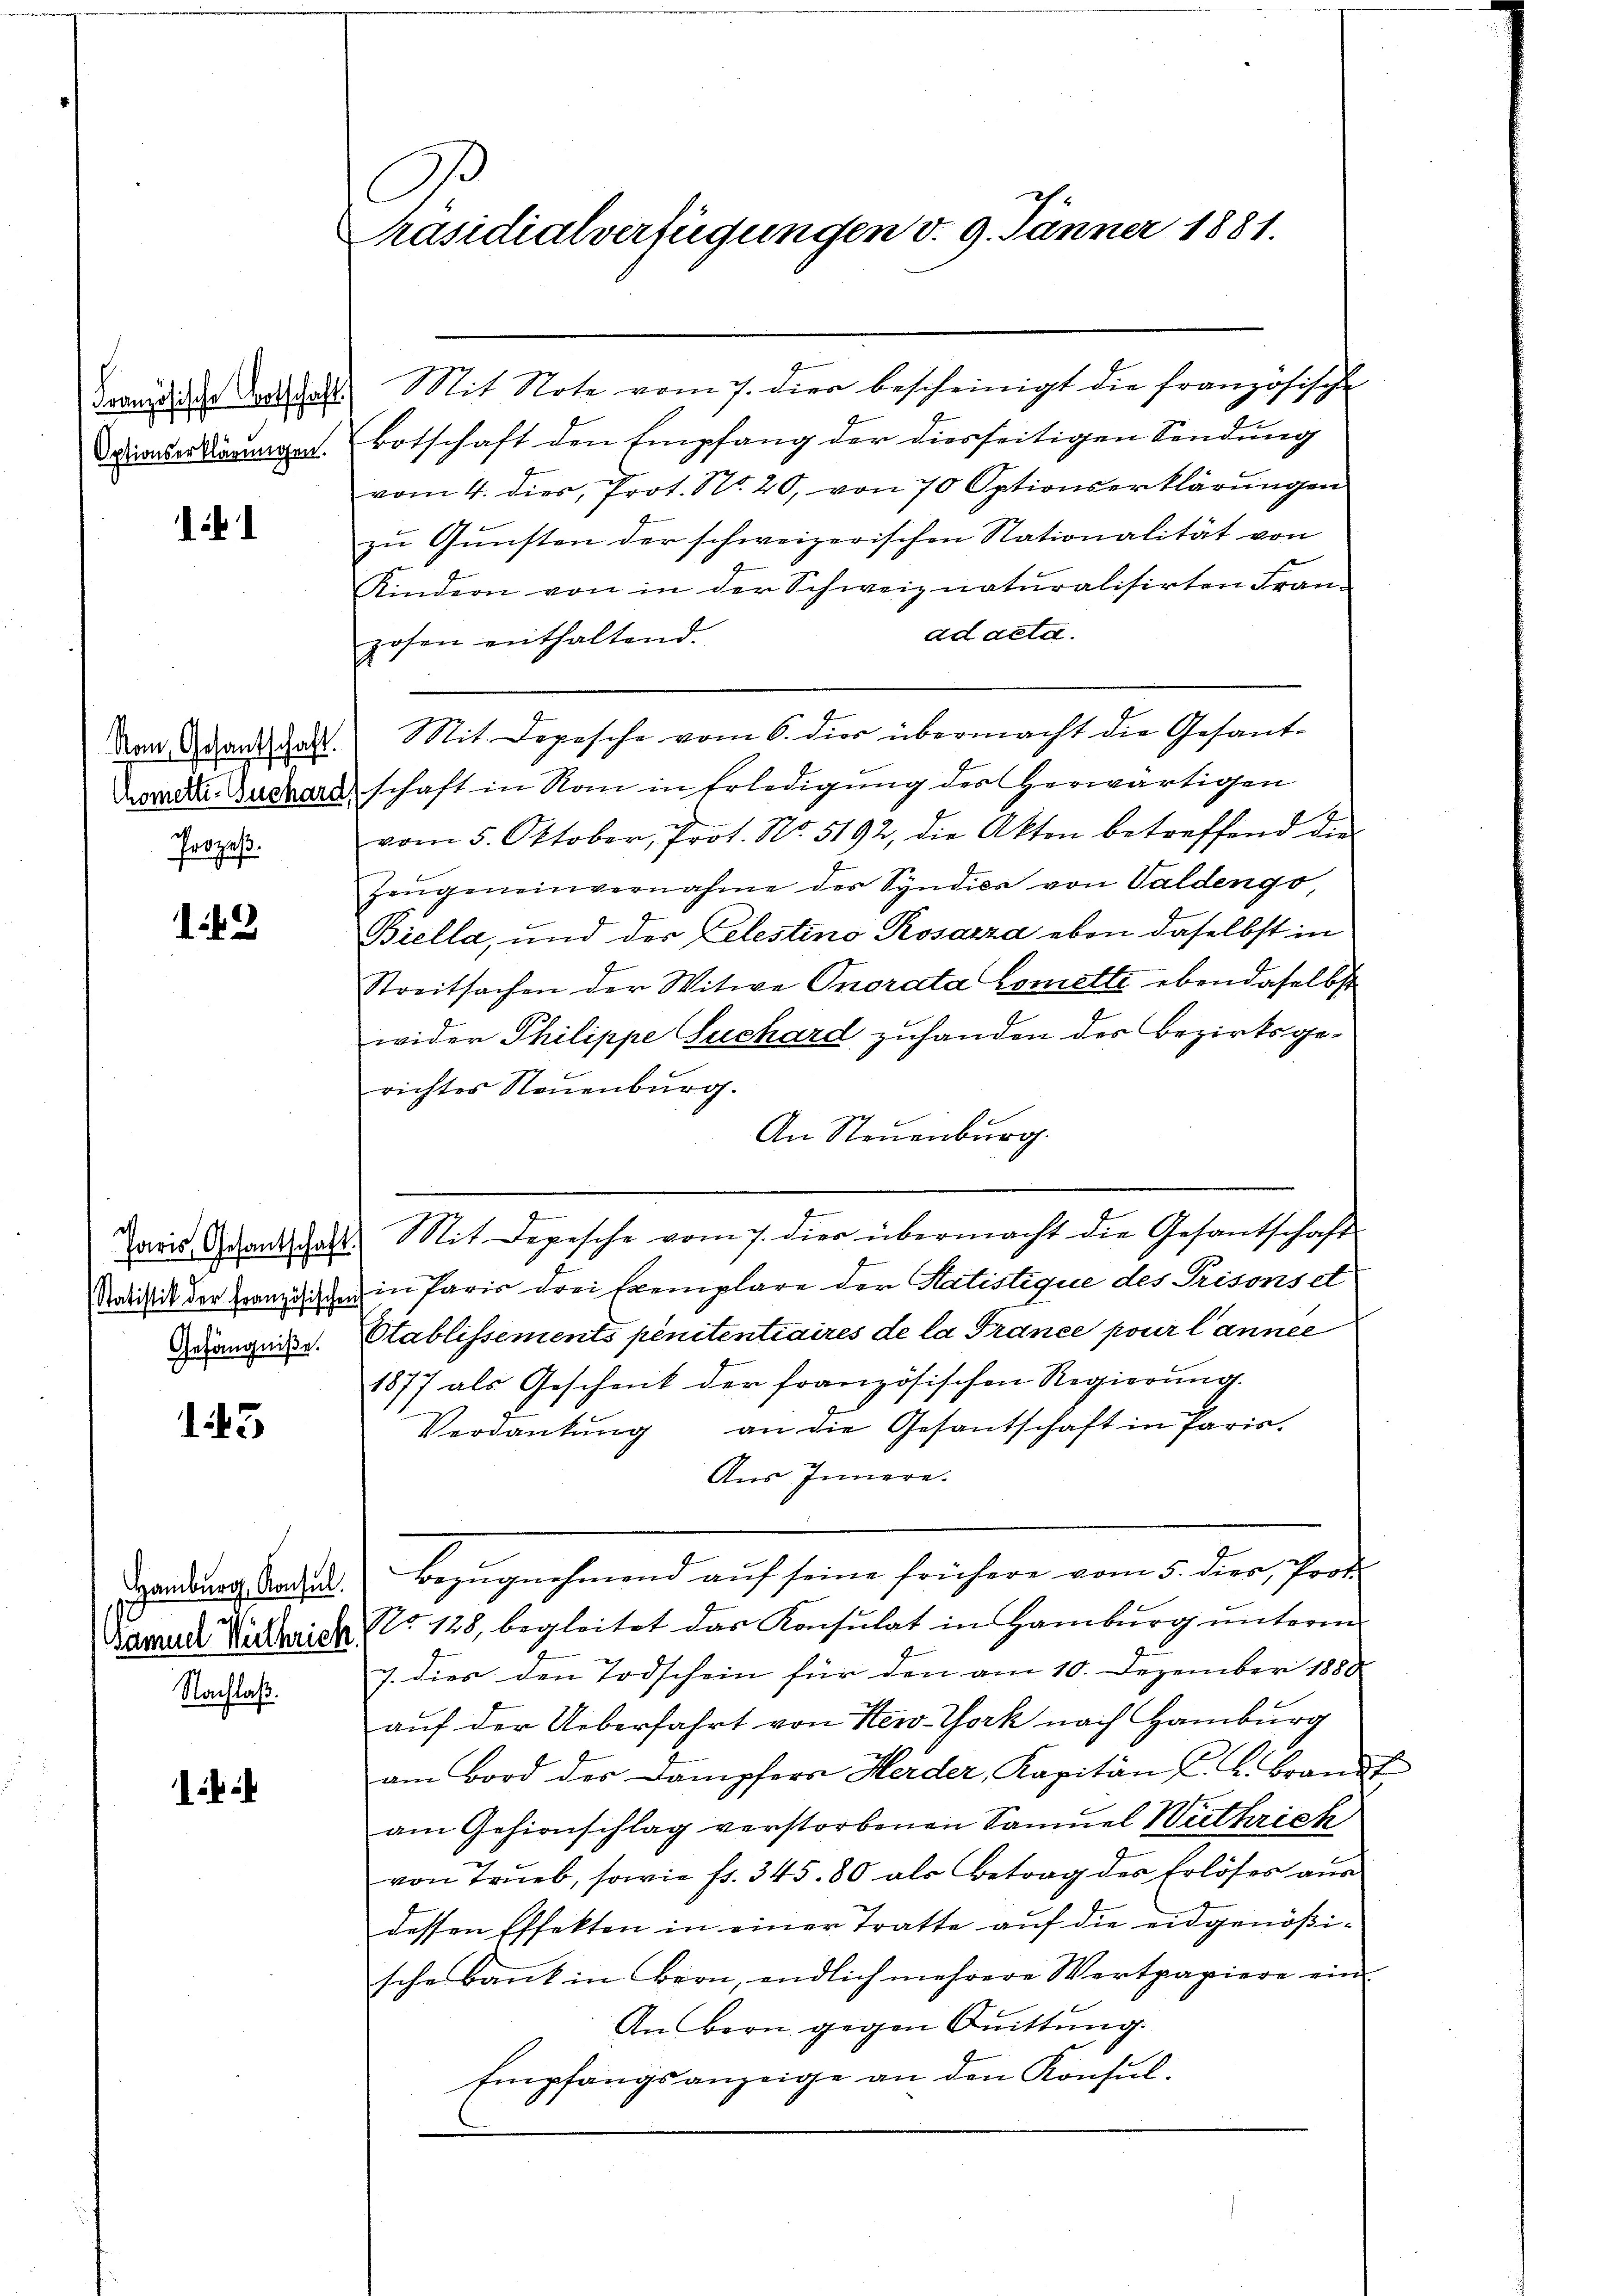
Optionserklärungen.

d

Nau, Gesantschaft.
Prozeß.

142

sch
Gefängniße.

143

.
Bamuel Nachrich.
Nachlaß.

:

l
Präsidialverfügungen v. 9. Jänner 1881.

Brandische dortschaft. Mit Note vom 7. die bescheinigt die französische
Botschaft den Empfang der diesseitigen Sendung
vom 4. dies, Prot. No. 20, von 70 Optionserklärŭngen
zu Gunsten der schweizerischen Stationalität von
Kindern von in der Schweiz naturalisirten Fran-
ad acta.
zosen enthaltend.
Mit. Depesche vom 6. dies übermacht die Gesant¬
Novide Buchardschaft in Nan in Erledigung des herwärtigen
vom 5. Oktober, Prot. No. 5192, die Akten betreffend die
Zeŭgeneinvernahme der Syndico von Valdengo
Biella, und der Celestino Rosazza eben daselbst in
Streitsachen der Witwe Onorata Comette ebendaselbst
wider Philippe Luchard zuhanden des Bezirksgerichtes Neuenburg.
An Steuenburg.
Paris Grandsdat. Mit Depesche vom 7. die übermacht die Gesantschaft
Nodistik der Französischen in Paris drei Exemplare der Statistique des Prisons et
Etablissements penitentiaires de la France pour l’année
1877 als Geschenk der französischen Regierŭng.
an die Gesantschaft in Paris.
Verdankung
Aus Innere.
 den der Bezugehen und auch seine Fristern einer der charte
No. 128, begleitet das Konsulat in Hamburg ŭnterm
7. dies den Todschein für den am 10. Dezember 1880
auf der Ueberfahrt von New-York nach Hamburg
am Bord des Dampfers Herder, Kapitän F. L. Brandt
am Gehirnschlag verstorbenen Samuel Wuthrich
von Trieb, sowie fr. 345. 80 als Betrag des Erlöses aŭs
dessen Effekten in einer Tratte auf die eidgenößische Bank in Bern, endlich mehrere Wertpapiere ein
An Bern gegen Quittung.
Empfangsanzeige an den Konsul-